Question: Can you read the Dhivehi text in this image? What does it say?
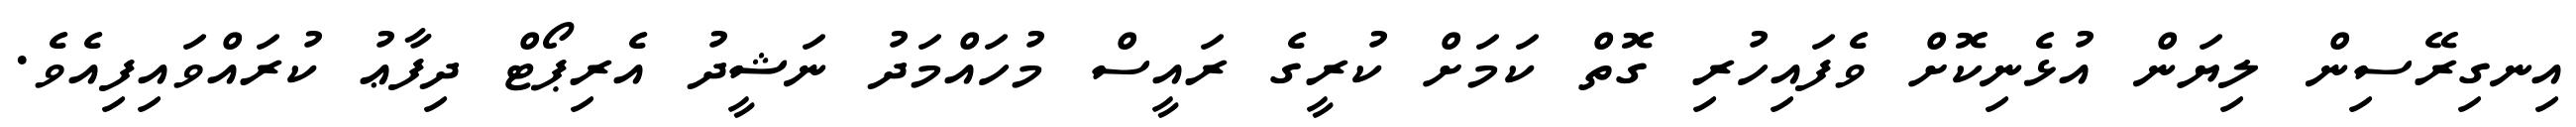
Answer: އިނގިރޭސިން ލިޔަން އުޅެނިކޮށް ވެފައިހުރި ގޮތް ކަމަށް ކުރީގެ ރައީސް މުހައްމަދު ނަޝީދު އެރިޕޯޓް ދިފާޢު ކުރައްވައިފިއެވެ.